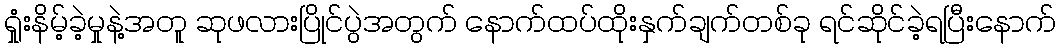
ရှုံးနိမ့်ခဲ့မှုနဲ့အတူ ဆုဖလားပြိုင်ပွဲအတွက် နောက်ထပ်ထိုးနှက်ချက်တစ်ခု ရင်ဆိုင်ခဲ့ရပြီးနောက်